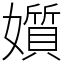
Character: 㜱